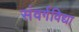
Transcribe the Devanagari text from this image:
संवर्गविद्या